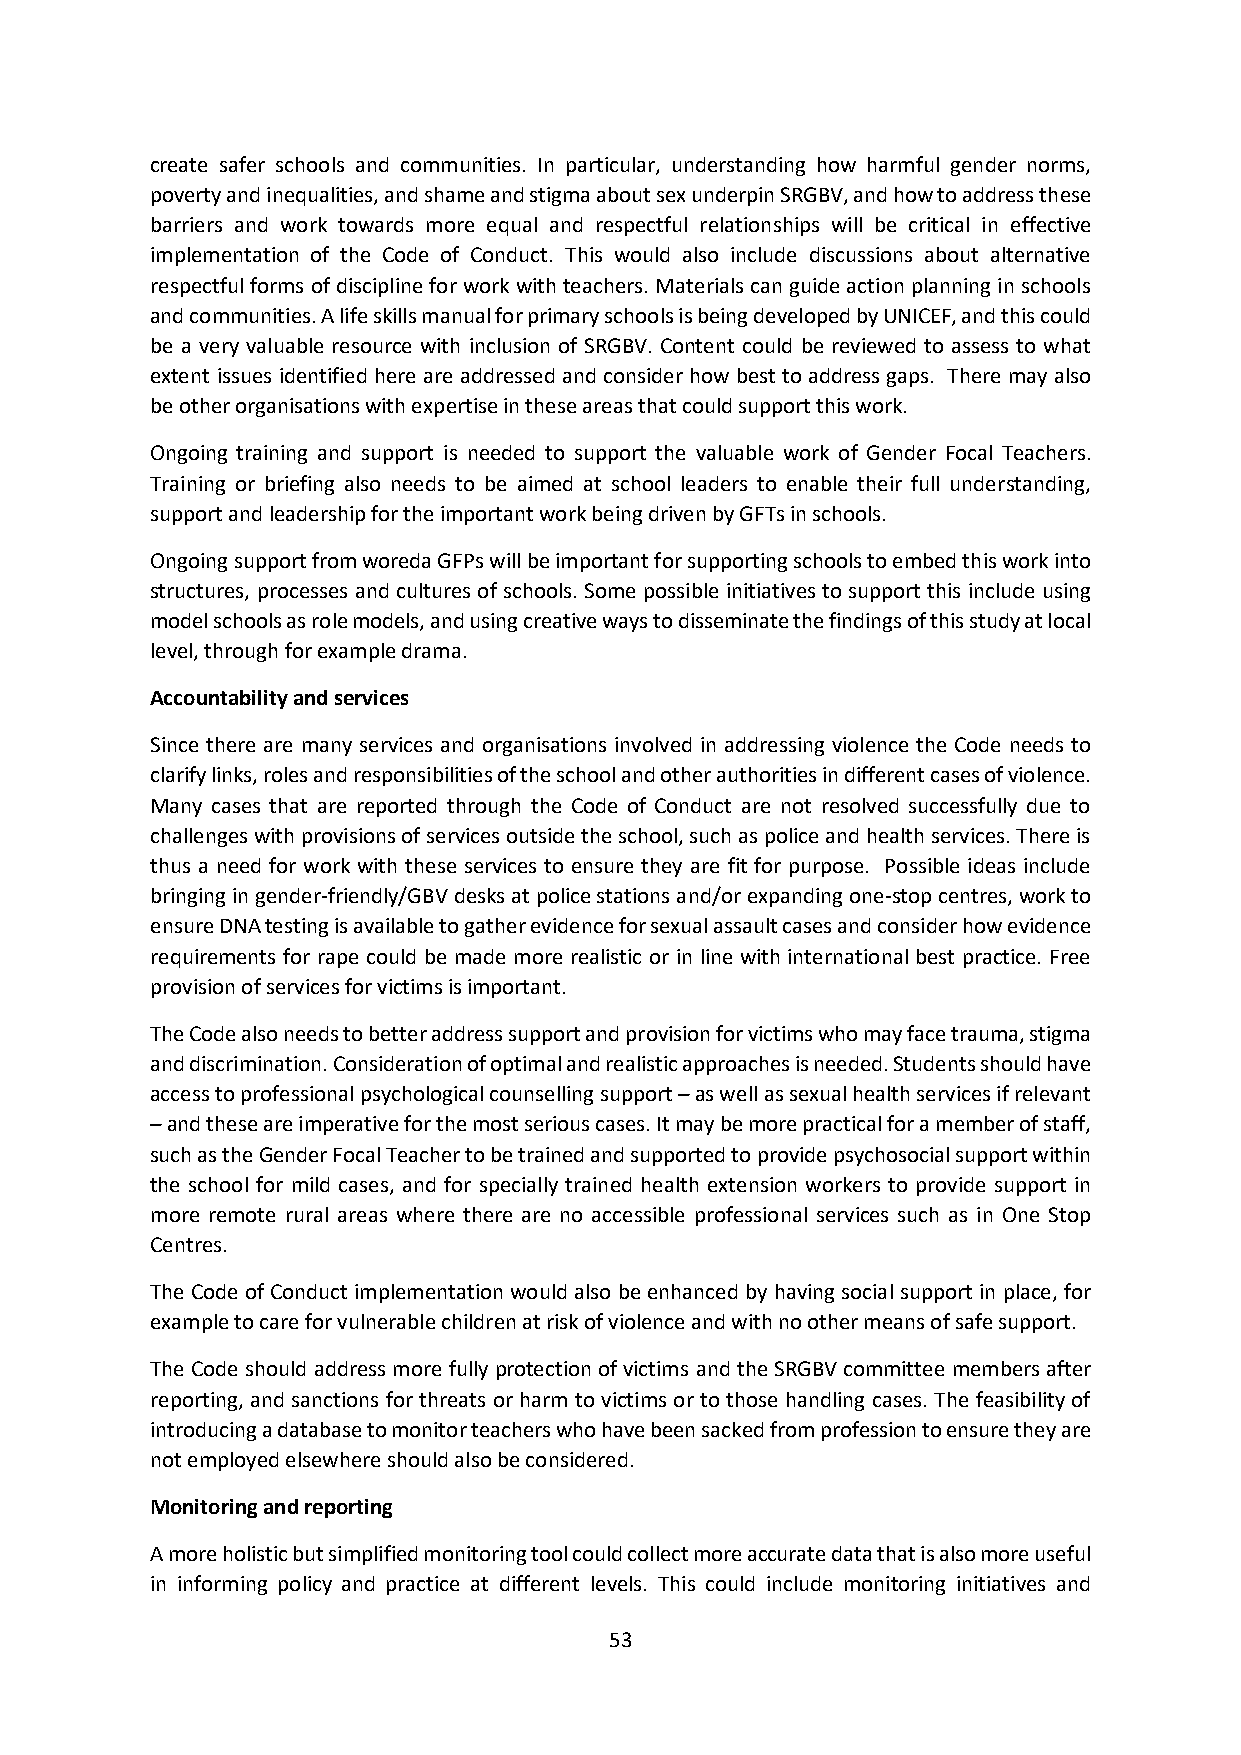
create safer schools and communities. In particular, understanding how harmful gender norms,
 poverty and inequalities, and shame and stigma about sex underpin SRGBV, and how to address these
 barriers and work towards more equal and respectful relationships will be critical in effective
 implementation of the Code of Conduct. This would also include discussions about alternative
 respectful forms of discipline for work with teachers. Materials can guide action planning in schools
 and communities. A life skills manual for primary schools is being developed by UNICEF, and this could
 be a very valuable resource with inclusion of SRGBV. Content could be reviewed to assess to what
 extent issues identified here are addressed and consider how best to address gaps. There may also
 be other organisations with expertise in these areas that could support this work.
 Ongoing training and support is needed to support the valuable work of Gender Focal Teachers.
 Training or briefing also needs to be aimed at school leaders to enable their full understanding,
 support and leadership for the important work being driven by GFTs in schools.
 Ongoing support from woreda GFPs will be important for supporting schools to embed this work into
 structures, processes and cultures of schools. Some possible initiatives to support this include using
 model schools as role models, and using creative ways to disseminate the findings of this study at local
 level, through for example drama.
 Accountability and services
 Since there are many services and organisations involved in addressing violence the Code needs to
 clarify links, roles and responsibilities of the school and other authorities in different cases of violence.
 Many cases that are reported through the Code of Conduct are not resolved successfully due to
 challenges with provisions of services outside the school, such as police and health services. There is
 thus a need for work with these services to ensure they are fit for purpose. Possible ideas include
 bringing in gender-friendly/GBV desks at police stations and/or expanding one-stop centres, work to
 ensure DNA testing is available to gather evidence for sexual assault cases and consider how evidence
 requirements for rape could be made more realistic or in line with international best practice. Free
 provision of services for victims is important.
 The Code also needs to better address support and provision for victims who may face trauma, stigma
 and discrimination. Consideration of optimal and realistic approaches is needed. Students should have
 access to professional psychological counselling support – as well as sexual health services if relevant
 – and these are imperative for the most serious cases. It may be more practical for a member of staff,
 such as the Gender Focal Teacher to be trained and supported to provide psychosocial support within
 the school for mild cases, and for specially trained health extension workers to provide support in
 more remote rural areas where there are no accessible professional services such as in One Stop
 Centres.
 The Code of Conduct implementation would also be enhanced by having social support in place, for
 example to care for vulnerable children at risk of violence and with no other means of safe support.
 The Code should address more fully protection of victims and the SRGBV committee members after
 reporting, and sanctions for threats or harm to victims or to those handling cases. The feasibility of
 introducing a database to monitor teachers who have been sacked from profession to ensure they are
 not employed elsewhere should also be considered.
 Monitoring and reporting
 A more holistic but simplified monitoring tool could collect more accurate data that is also more useful
 in informing policy and practice at different levels. This could include monitoring initiatives and
 53